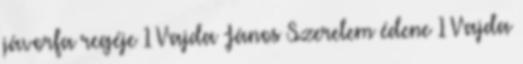
jávorfa regéje 1 Vajda János Szerelem édene 1 Vajda